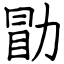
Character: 勖